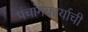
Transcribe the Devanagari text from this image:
पंचांगकार्याची